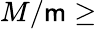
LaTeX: M/\mathsf{m}\geq